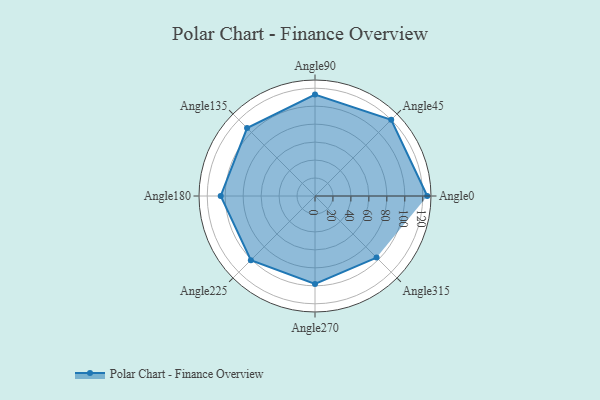
{"axis": {"x": "Angle", "y": "Radius"}, "legend": [""], "data": [{"x": "Angle0", "y": 125.0, "type": ""}, {"x": "Angle45", "y": 120.0, "type": ""}, {"x": "Angle90", "y": 113.0, "type": ""}, {"x": "Angle135", "y": 107.0, "type": ""}, {"x": "Angle180", "y": 105.0, "type": ""}, {"x": "Angle225", "y": 101.0, "type": ""}, {"x": "Angle270", "y": 98.0, "type": ""}, {"x": "Angle315", "y": 97.0, "type": ""}]}